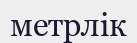
метрлік